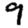
Digit: 9